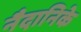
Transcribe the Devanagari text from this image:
नैदानिके